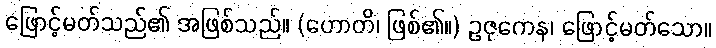
ဖြောင့်မတ်သည်၏ အဖြစ်သည်။ (ဟောတိ၊ ဖြစ်၏။) ဥဇုကေန၊ ဖြောင့်မတ်သော။